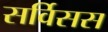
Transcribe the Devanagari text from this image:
सर्विसस